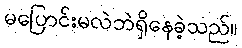
မပြောင်းမလဲဘဲရှိနေခဲ့သည်။